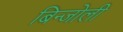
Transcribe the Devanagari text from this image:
बिन्जोली